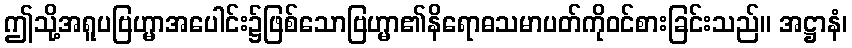
ဤသို့အရူပဗြဟ္မာအပေါင်း၌ဖြစ်သောဗြဟ္မာ၏နိရောဓသမာပတ်ကိုဝင်စားခြင်းသည်။ အဋ္ဌာနံ၊